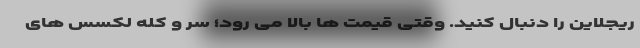
ریجلاین را دنبال کنید. وقتی قیمت ها بالا می رود؛ سر و کله لکسس های